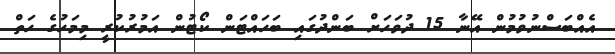
އެއްބަސްނުވުމުން އޭނާ 15 ދުވަހަށް ބަންދުގައި ބަހައްޓަން ކޯޓުން އަމުރުކުރީ މިމަހުގެ ހަތް